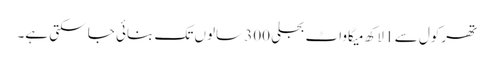
تھرکول سے 1 لاکھ میگاواٹ بجلی 300 سالوں تک بنائی جا سکتی ہے۔